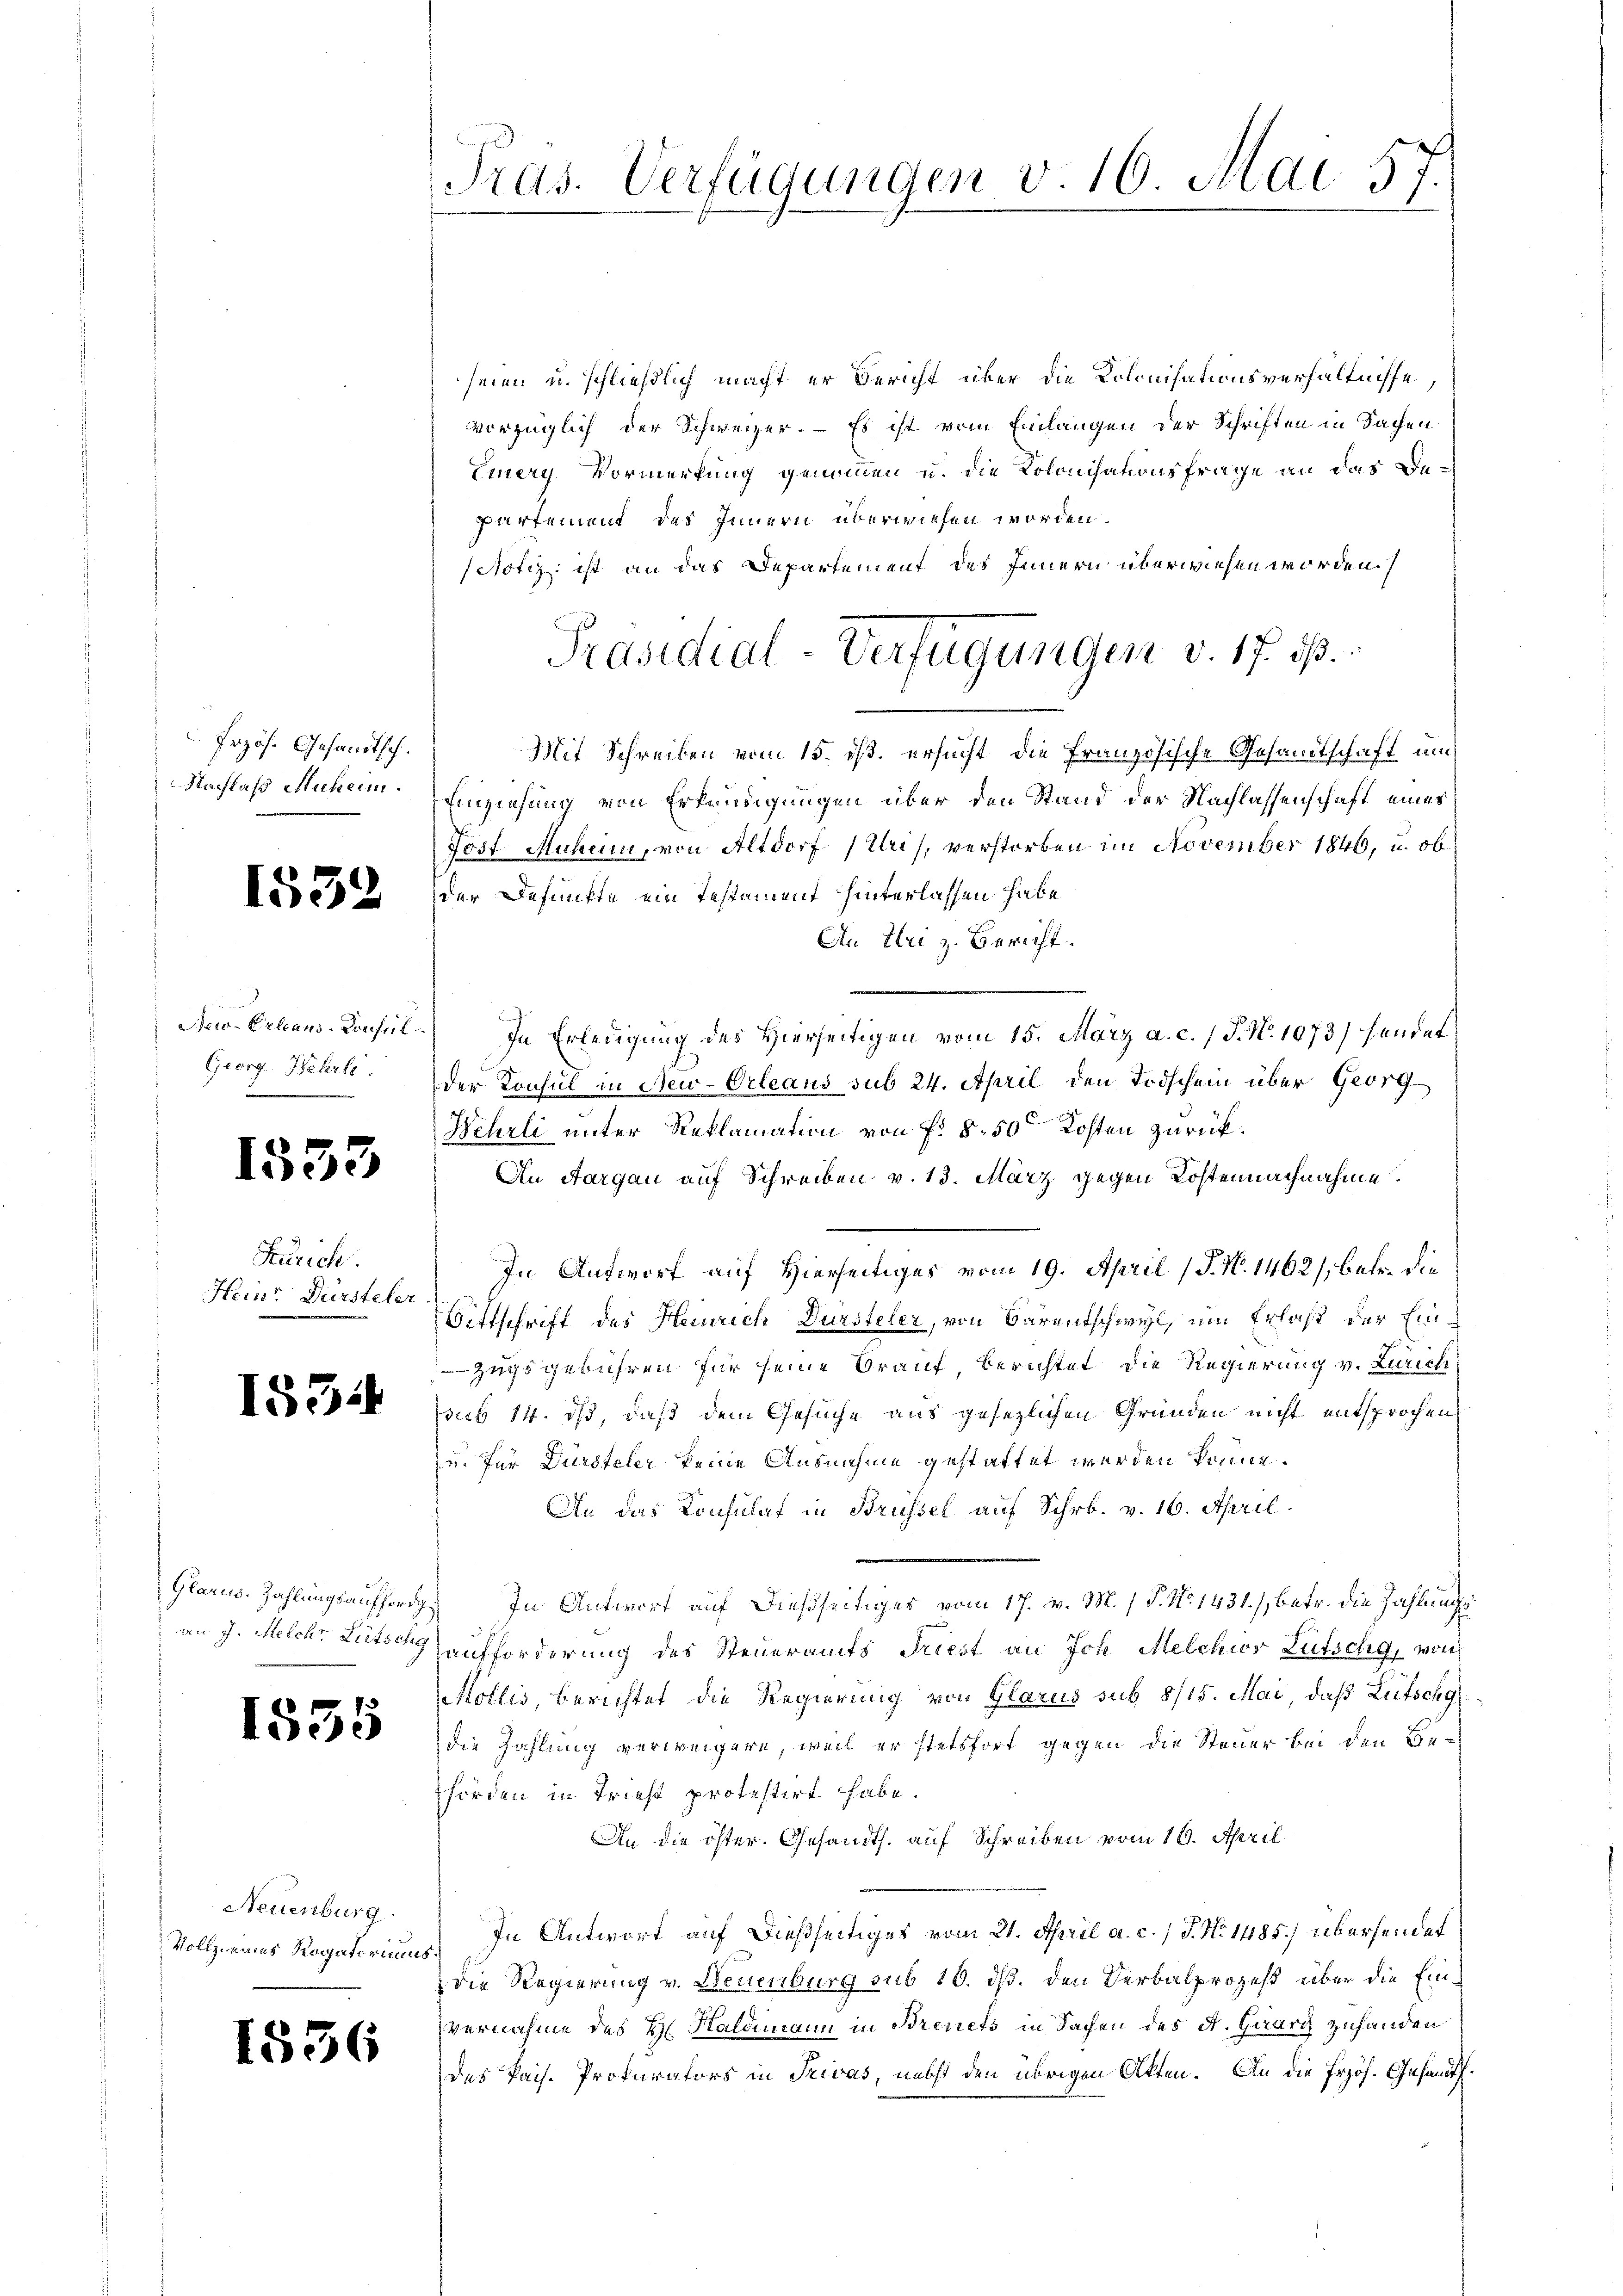
Przös. Gesandtsch.
Nachlaß Muheim.

1552

Georg Wehrli

1533

Zürich
Heinr Dürsteler

1554

e
1835

Neuenburg.

1556

Tras. Verfügungen v. 16. Mai 57.

seien u. schließlich macht er Bericht über die Kolonisationsverhältnisse,
vorzüglich der Schweizer. – Es ist vom Einlangen der Schriften in Sachen
Eiers Vormerkung genommen u. die Kolonisationsfrage an das Bepartement des Innern überwiesen worden.
Notiz ist an das Departement des Innern überwiesen worden.
Mit Schreiben vom 15. ds. ersucht die Französische Gesandtschaft un
Einziehung von Erkundigungen über den Stand der Nachlassenschaft eines
Jost Muheim, von Altdorf (Uri), verstorben im November 1846, u. ob
der Defunkte ein Testament hinterlassen habe
An Uri z. Bericht.
Aeo-Erleans-Konsul In Erledigung des Hierseitigen vom 15. März a. c. / J. N. 1073) handet
der Konsul in New-Orleaus sub 24. April den Todschein über Georg
Wehrli unter Reklamation von f. 8. 50 Kosten zurück¬
An Aargau auf Schreiben v. 13. März gegen Kostennachnahme
In Antwort auf Hierseitiges vom 19. April (T. N. 1462/, betr. die
Bittschrift des Heinrich Dürsteler, von Bärentschwyl, um Erlaß der Ein¬
.
Zugsgebühren für seine Brauf berichtet die Regierung v. Zürich
sub 14. ds, daß dem Gesuche aus gesezlichen Gründen nicht entsprochen
u. für Dürsteler keine Ausnahme gestattet werden könne.
An das Konsulat in Brüssel auf Schr. v. 16. April
Glarus, Zahlungsaufforg. In Antwort auf dießseitiger vom 17. v. M. / P. N. 1431), betr. die Zahlungs
an J. Melche Litschaufforderung des Steueramts Priest an Joh. Melchior Lütschg, von
Mollis, berichtet die Regierung von Glarus sub 8/15. Mai, daß Litschg
die Zahlung verweigern, weil er stetsfort gegen die Steuer bei den Behörden in Triest protestirt habe.
An die öster. Gesandts. auf Schreiben vom 16. April
Vollz eines Rogatoriums. In Antwort auf dießseitiges vom 21. April a. c. / J. No 1485) übersendet
die Regierung v. Neuenburg sub 10. dß. den Verbalprozeß über die Einvernahme des H. Haldimann in Brevets in Sachen des A. Guary zuhanden
des Pais. Prokurators in Privas, nebst den übrigen Akten. An die frzös. Gesandt.

Präsidial-Verfügungen v. 17. ds.